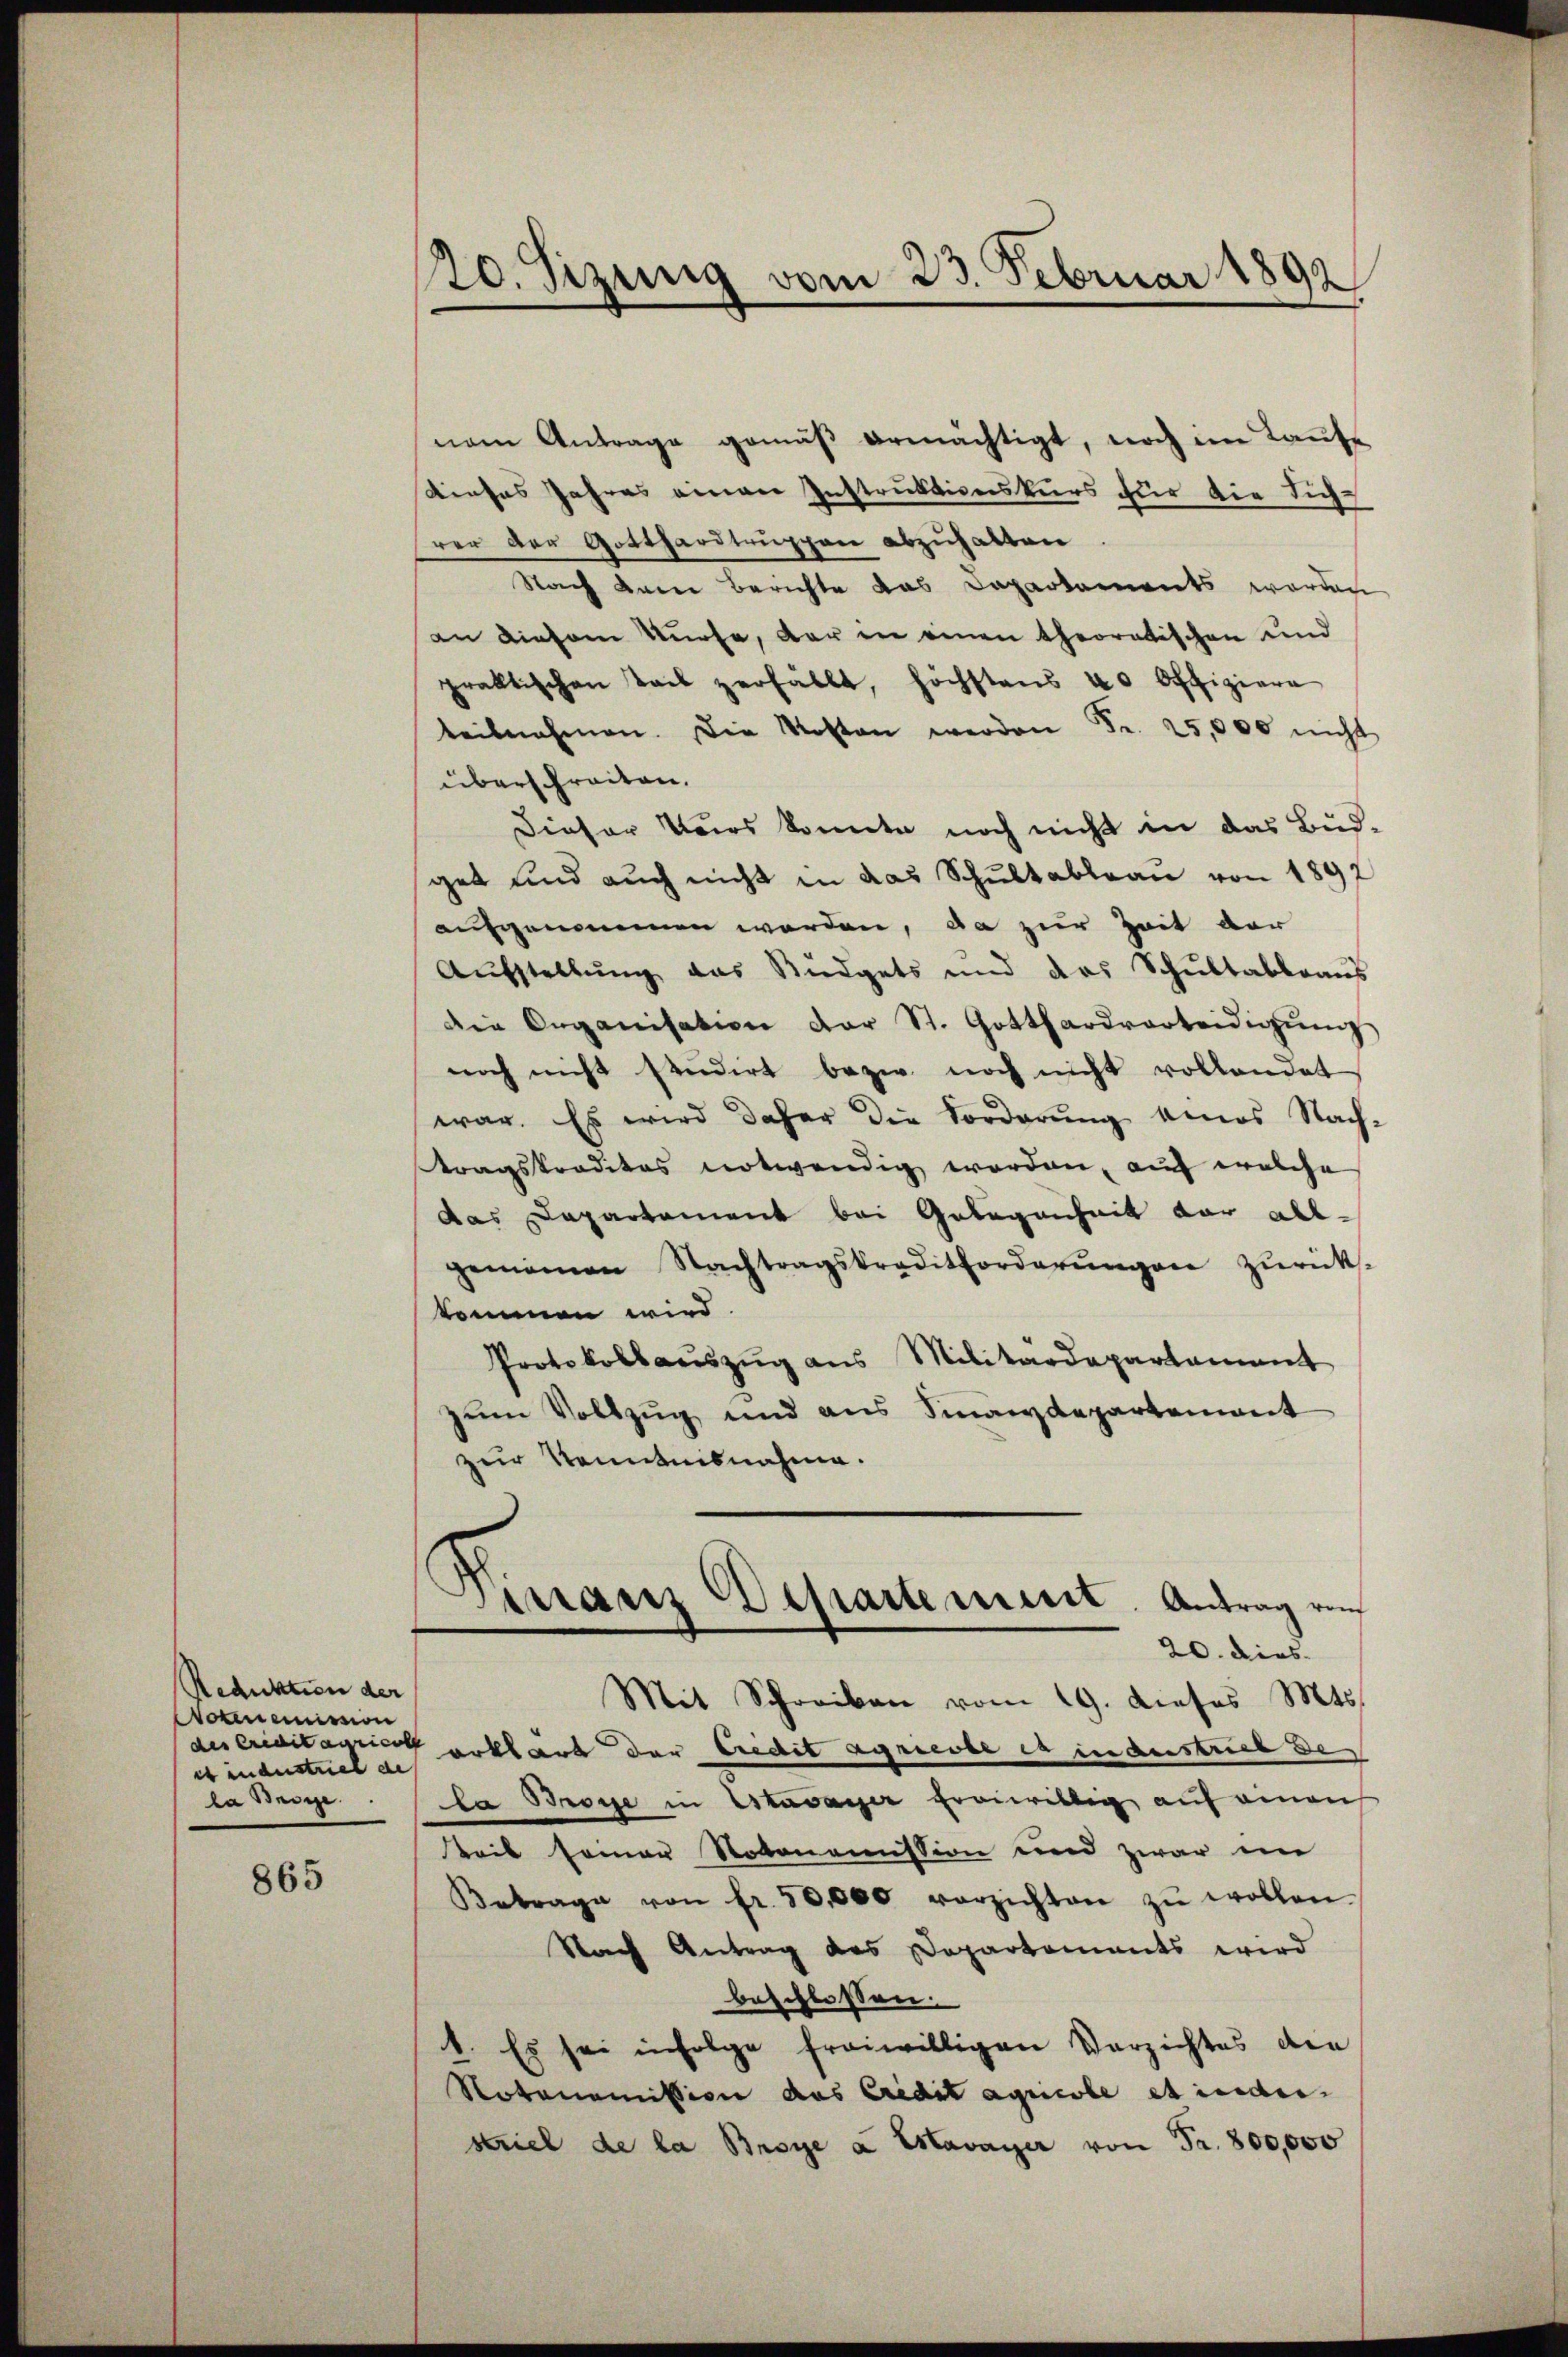
Reduktion der
okenemission
es industrieb de
la Weige

865

120. Sizung vom 23. Februar 1892

nem Antrage gemäβ ermächtigt, noch im Kaŭfe
Kieses Jahres einen Instruktionskurs für die Sich
srer der Gotthardtruppen abzuhalten.
Nach dreie Berichte das Departements werden
an diesem Nürse, der in einen theoretischen und
praktischen Teil zerfällt, höchstens 40 Offiziere
teilnahmen. Die Kosten werden Fr. 25,000 nicht
überschreiten.
Dieser Vers konnte noch nicht in das Bud-
get und auch nicht in das Schŭltableau von 1897
aufgenommen worden, da zur Zeit der
Aŭfstellŭng das Büdgets und das Schŭltabbraŭs
Die Organisation der St. Gotthardverteidigŭng
noch nicht studirt bezw. noch nicht vollendet
war. Es wird daher die Vorderung eines Nach-
tragskreditas notwendig worden, auf welche
das Departement bei Gelegenheit vor allgemainen Nachtragskreditforderŭngen zurück-
kommen wird.
Protokollaŭszŭg ans Militärdepartamant
zum Vollzug und aus Finanzdepartement
zur Kenntnisnahme.
Dirranz Departement. Antrag von
20. dies
Mit Schreiben vom 19. dieses Mts.
des Creditagricot erklärt der Credit agricobe es in austrieb de
la Broge in Estavayer freiwillig auf einen
keit seiner Notonomission und zwar im
Betrage von fr. 50,000 verzichten zŭ wollen.
Nach Antrag des Departements wird
beschlossen:
1. Es sei infolge freiwilligen Verzichtes die
Rotonomission das Credit agricole et inder
striel de la Broye a Mavayer von Fr. 800,000